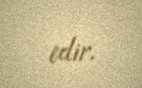
edir.